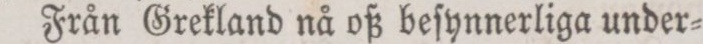
Från Grekland nå oß beſynnerliga under=